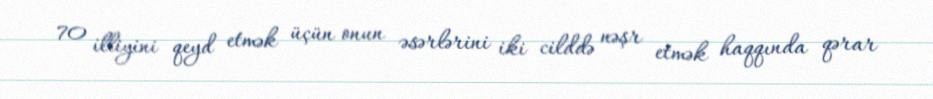
70 illiyini qeyd etmək üçün onun əsərlərini iki cilddə nəşr etmək haqqında qərar